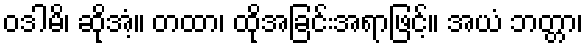
ဝဒါမိ၊ ဆိုအံ့။ တထာ၊ ထိုအခြင်းအရာဖြင့်။ အယံ ဘတ္တာ၊